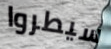
سيطروا